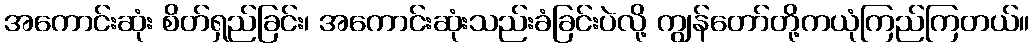
အကောင်းဆုံး စိတ်ရှည်ခြင်း၊ အကောင်းဆုံးသည်းခံခြင်းပဲလို့ ကျွန်တော်တို့ကယုံကြည်ကြတယ်။